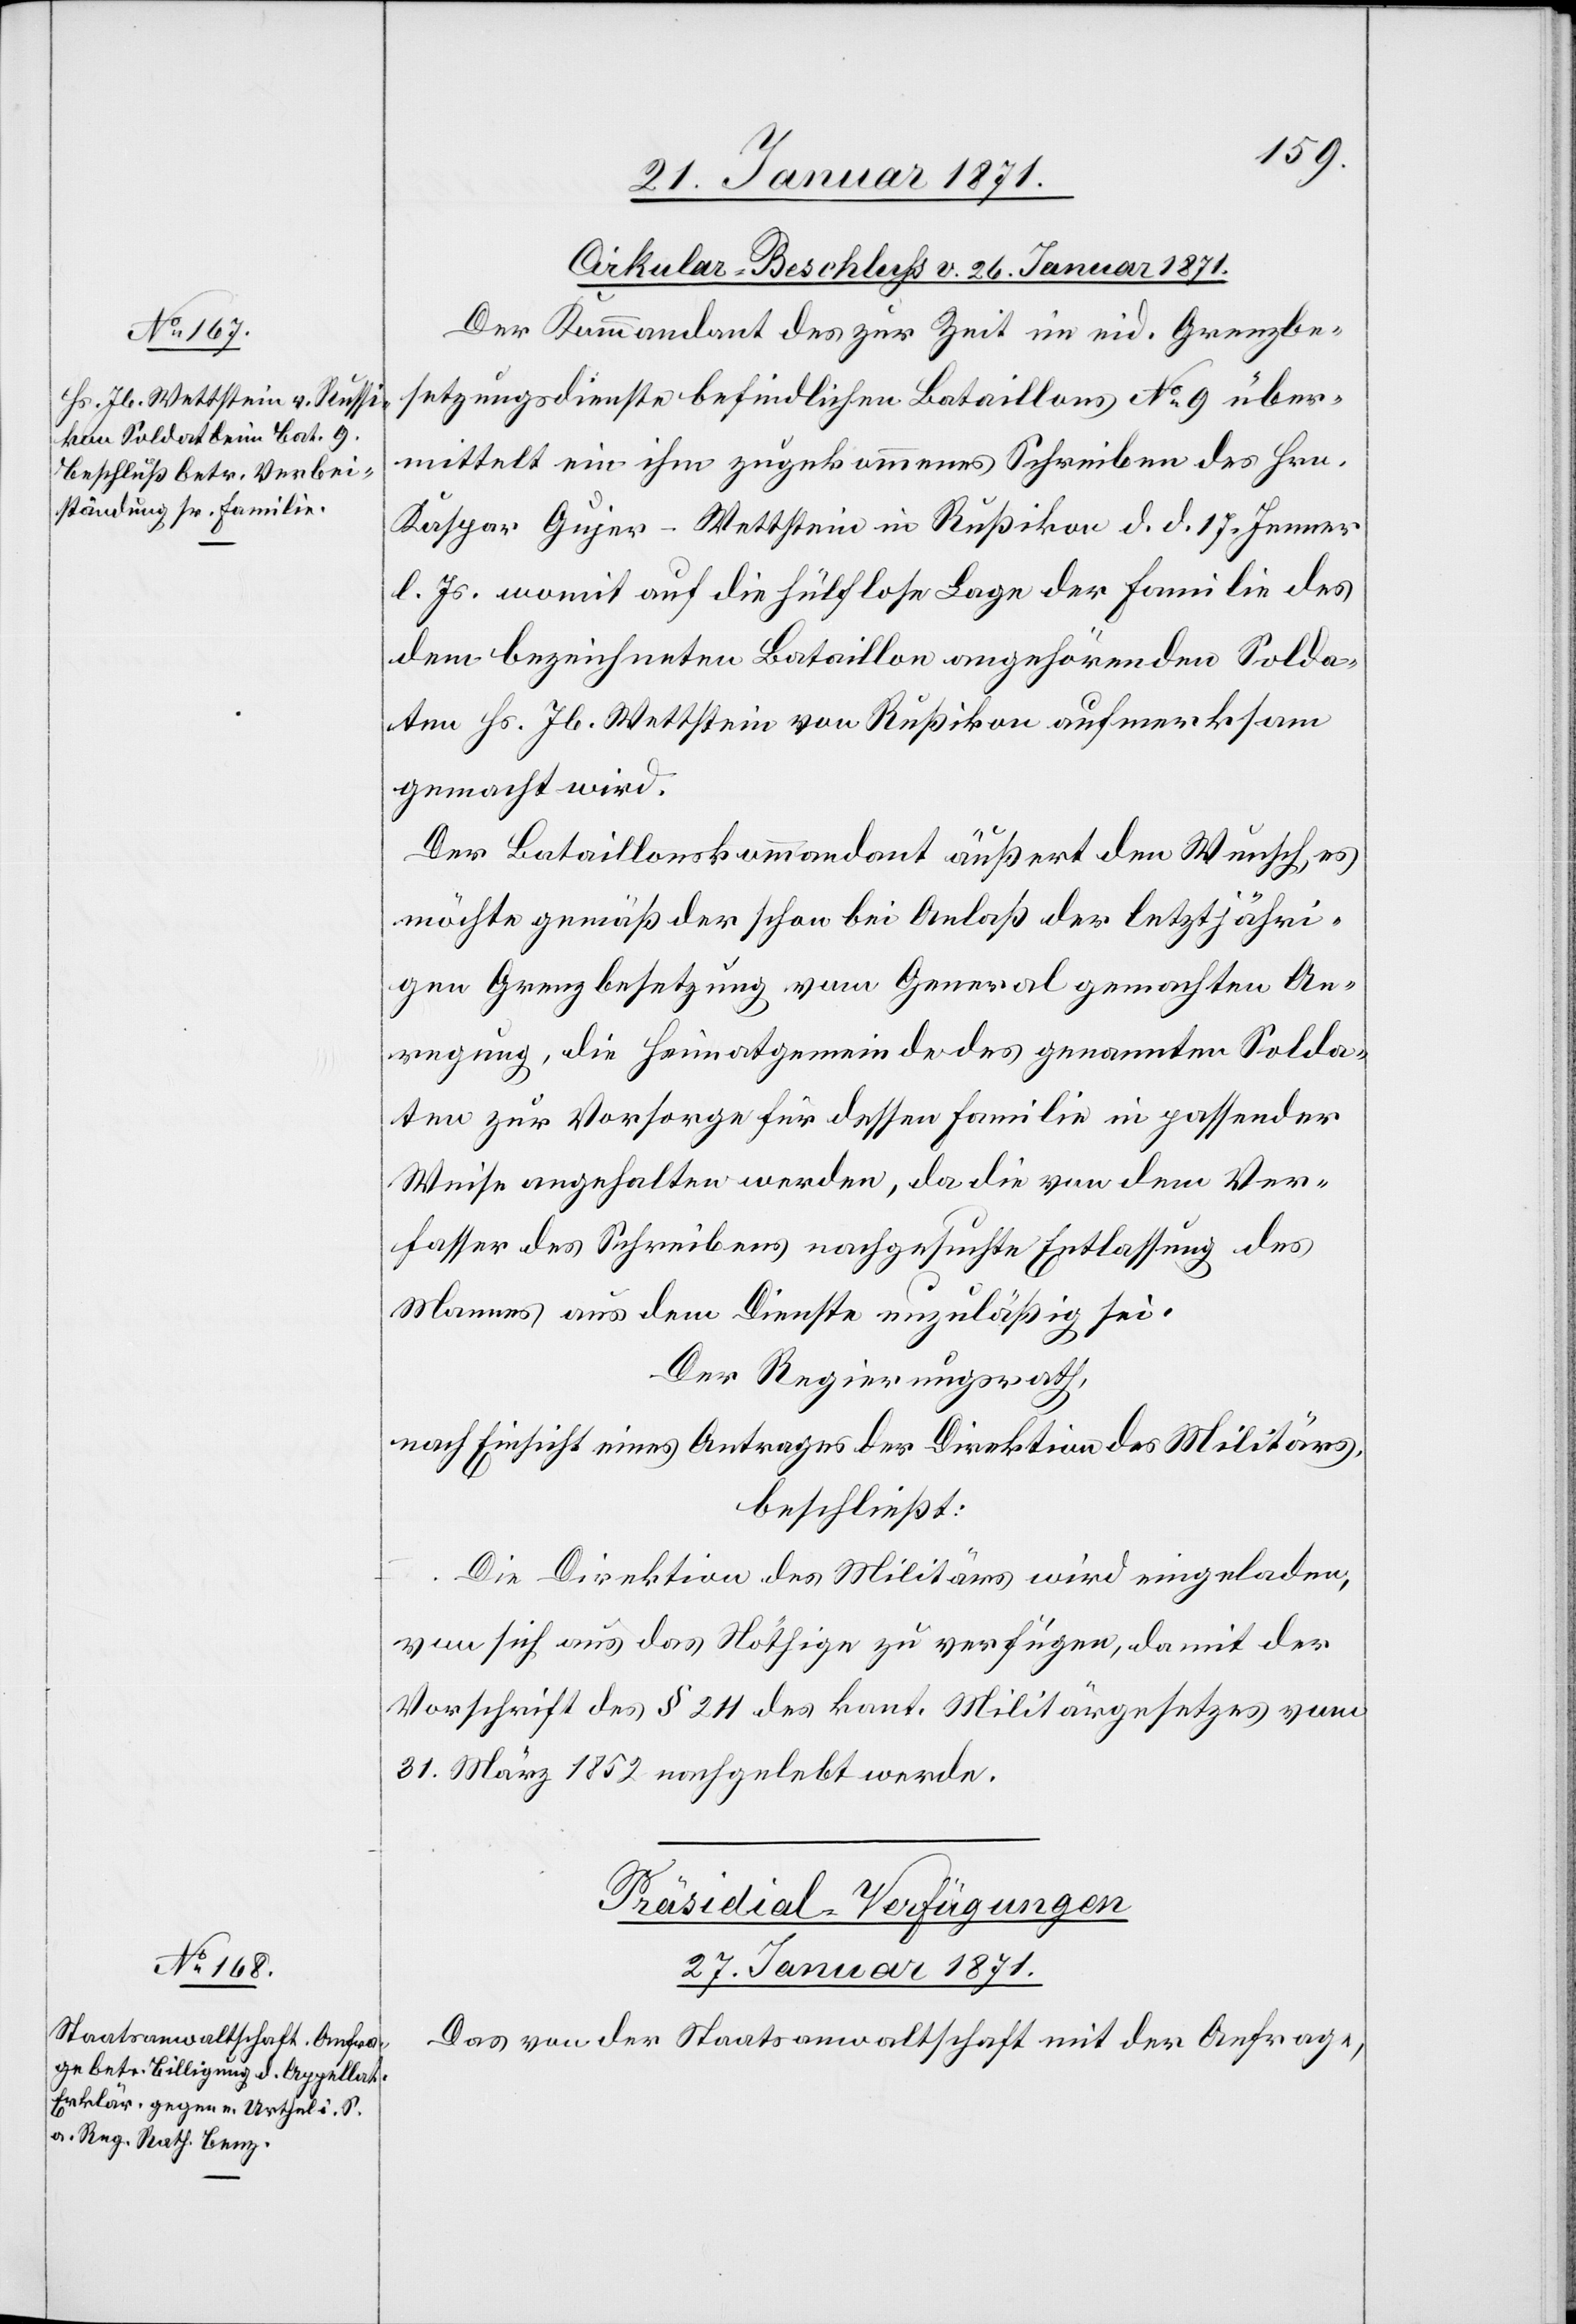
Cirkular-Beschluß v. 26. Januar 1871.
Der Kommandant des zur Zeit in eid. Grenzbe¬
setzungsdienste befindlichen Bataillons No. 9 über¬
mittelt ein ihm zugekommenes Schreiben des Hrn.
Kaspar Gujer-Wettstein in Rußikon d. d. 17. Jenner
l. Js. womit auf die hülflose Lage der Familie des
dem bezeichneten Bataillon angehörenden Solda¬
ten Hr. Jb. Wettstein von Rußikon aufmerksam
gemacht wird.
Der Bataillonskommandant äußert den Wunsch, es
möchte gemäß der schon bei Anlaß der letztjähri¬
gen Grenzbesetzung vom General gemachten An¬
regung, die Heimatgemeinde des genannten Solda¬
ten zur Vorsorge für dessen Familie in passender
Weise angehalten werden, da die von dem Ver¬
fasser des Schreibens nachgesuchte Entlassung des
Mannes aus dem Dienste unzuläßig sei.
Der Regierungsrath,
nach Einsicht eines Antrages der Direktion des Militärs,
beschließt:
Die Direktion des Militärs wird eingeladen,
von sich aus das Nöthige zu verfügen, damit der
Vorschrift des § 211 des kant. Militärgesetzes vom
31. März 1852 nachgelebt werde.
Präsidial-Verfügungen
27. Januar 1871.
Das von der Staatsanwaltschaft mit der Anfrage,